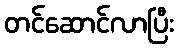
တင်ဆောင်လာပြီး